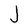
Character: J